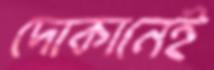
দোকানেই